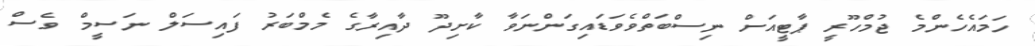
ހަމައެހެންމެ ޖުމްހޫރީ ޕާޓީއަށް ނިސްބަތްވެވަޑައިގަންނަވާ ކާށިދޫ ދާއިރާގެ މެމްބަރު ފައިސަލް ނަސީމް ވެސް